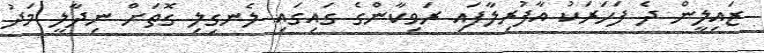
ޒައިލީން ދެ ފަހަރަކު އާފުރިލާފައި ރަވިކާންގެ ގައިގައި ލެނގިލި ގޮތަށް ނިދާލީ މަދު